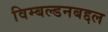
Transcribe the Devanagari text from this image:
विम्बल्डनबद्दल